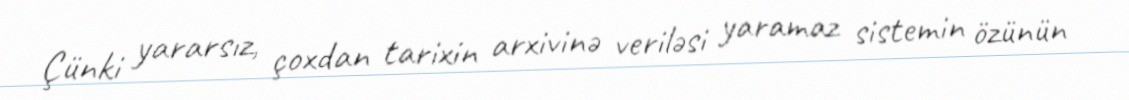
Çünki yararsız, çoxdan tarixin arxivinə veriləsi yaramaz sistemin özünün